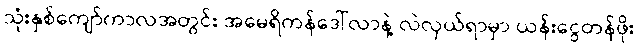
သုံးနှစ်ကျော်ကာလအတွင်း အမေရိကန်ဒေါ်လာနဲ့ လဲလှယ်ရာမှာ ယန်းငွေတန်ဖိုး